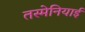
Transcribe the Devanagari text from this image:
तस्मेनियाई